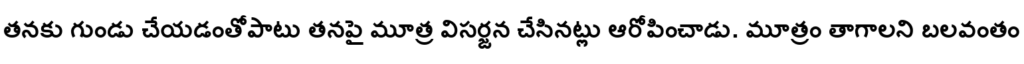
తనకు గుండు చేయడంతోపాటు తనపై మూత్ర విసర్జన చేసినట్లు ఆరోపించాడు. మూత్రం తాగాలని బలవంతం